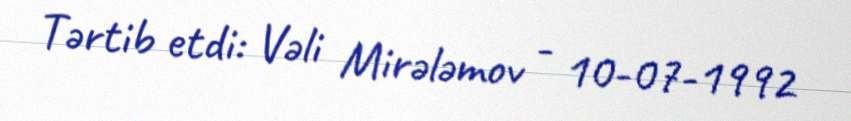
Tərtib etdi: Vəli Mirələmov - 10-07-1992